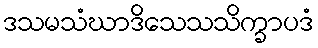
ဒသမသံဃာဒိသေသသိက္ခာပဒံ